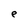
Character: e